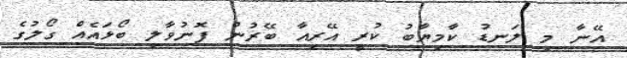
އޭނާ މި ލަނޑު ކާމިޔާބު ކުރީ އޭރިއާ ބޭރުން ފޮނުވާލި ބޯޅައެއް ގޯލުގެ